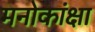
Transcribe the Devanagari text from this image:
मनोकांक्षा